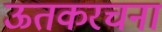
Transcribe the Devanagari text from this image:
ऊतकरचना